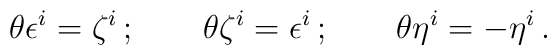
\theta\epsilon^i=\zeta^i\,;\qquad\theta\zeta^i=\epsilon^i\,;\qquad\theta\eta^i=-\eta^i\,.